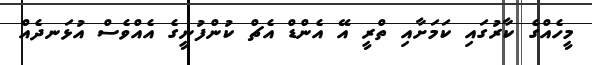
މީހެއްގެ ކާރުގައި ކަމަށާއި ތްރީ އޭ އެންޑް އެޗް ކުންފުނީގެ އެއްވެސް އުޅަނދެއް